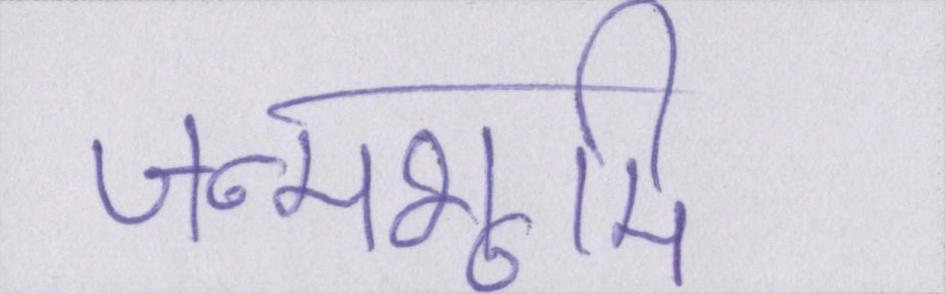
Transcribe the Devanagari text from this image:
जन्मभूमि